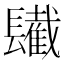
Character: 𨲹